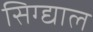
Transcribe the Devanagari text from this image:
सिग्द्याल